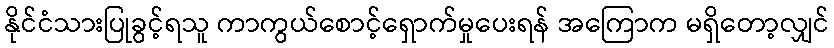
နိုင်ငံသားပြုခွင့်ရသူ ကာကွယ်စောင့်ရှောက်မှုပေးရန် အကြောက မရှိတော့လျှင်